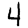
Digit: 4